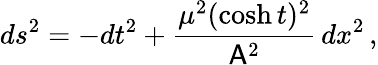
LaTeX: ds^{2}=-dt^{2}+\frac{\mu^{2}(\cosh{t})^{2}}{\mathsf{A}^{2}}\, dx^{2}\, ,